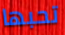
تحبها